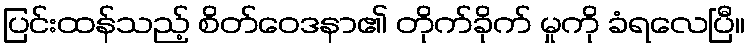
ပြင်းထန်သည့် စိတ်ဝေဒနာ၏ တိုက်ခိုက် မှုကို ခံရလေပြီ။